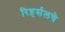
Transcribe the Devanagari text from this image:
रिहर्सलचे